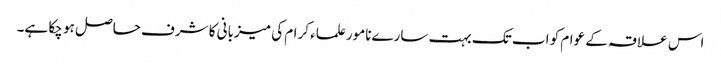
اس علاقہ کے عوام کو اب تک بہت سارےنامور علماء کرام کی میزبانی کا شرف حاصل ہو چکا ہے۔